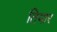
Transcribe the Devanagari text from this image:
तियार